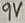
Text: 9V